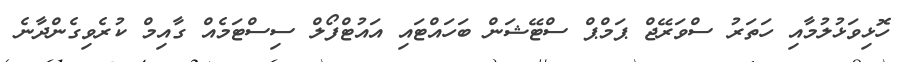
ހޮޅިވަޅުލުމާއި ހަތަރު ސްވަރޭޖް ޕަމްޕް ސްޓޭޝަން ބަހައްޓައި އައުޓްފޯލް ސިސްޓަމެއް ގާއިމް ކުރެވިގެންދާނެ